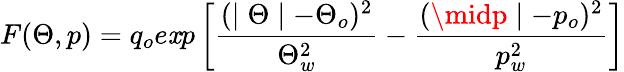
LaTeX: F(\Theta,p)=q_{o}e\mathit{x}p\left[\frac{{(\mid\Theta\mid-\Theta_{o})^{2}}}{{\Theta_{w}^{2}}}-\frac{{(\midp\mid-p_{o})^{2}}}{{p_{w}^{2}}}\right]